Vaccination in Burma 1912-1922 - 1912-1922
Year: 1912
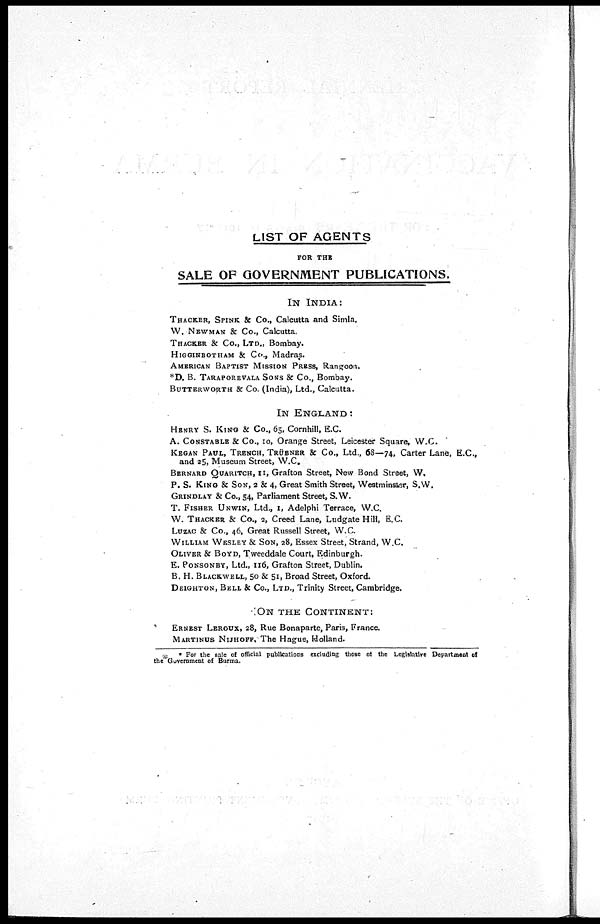
LIST OF AGENTS
FOR THE
SALE OF GOVERNMENT PUBLICATIONS.
IN INDIA:
THACKER, SPINK & Co., Calcutta and Simla.
W. NEWMAN & Co., Calcutta.
THACKER & Co., LTD., Bombay.
HIGGINBOTHAM & Co., Madras.
AMERICAN BAPTIST MISSION PRESS, Rangoon.
*D. B. TARAPOREVALA SONS & Co., Bombay.
BUTTERWORTH & Co. (India), Ltd., Calcutta.
IN ENGLAND:
HENRY S. KING & Co., 65, Cornhill, E.C.
A. CONSTABLE & Co., 10, Orange Street, Leicester Square, W.C.
KEGAN PAUL, TRENCH, TRÜBNER & Co., Ltd., 68—74, Carter Lane, E.C.,
and 25, Museum Street, W.C.
BERNARD QUARITCH, II, Grafton Street, New Bond Street, W.
P. S. KING & SON, 2 & 4, Great Smith Street, Westminster, S.W.
GRINDLAY & Co., 54, Parliament Street, S.W.
T. FISHER UNWIN, Ltd., 1, Adelphi Terrace, W.C.
W. THACKER & Co., 2, Creed Lane, Ludgate Hill, E.C.
LUZAC & Co., 46, Great Russell Street, W.C.
WILLIAM WESLEY & SON, 28, Essex Street, Strand, W.C.
OLIVER & BOYD, Tweeddale Court, Edinburgh.
E. PONSONBY, Ltd., 116, Grafton Street, Dublin.
B. H. BLACKWELL, 50 & 51, Broad Street, Oxford.
DEIGHTON, BELL & Co., LTD., Trinity Street, Cambridge.
ON THE CONTINENT:
ERNEST LEROUX, 28, Rue Bonaparte, Paris, France.
MARTINUS NIJHOFF, The Hague, Holland.
* For the sale of official publications excluding those of the Legislative Department of
the Government of Burma.